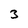
Character: 3